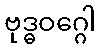
ဗုဒ္ဓဝဂ္ဂေါ